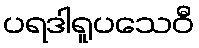
ပရဒါရူပသေဝီ